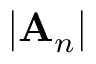
\left| \mathbf { A } _ { n } \right|